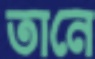
তানে